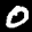
Label: 0